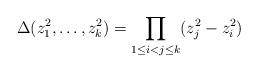
LaTeX: \begin{align*} \Delta(z_1^2,\ldots,z_k^2) = \prod_{1\leq i < j \leq k} (z_j^2 -z_i^2)\end{align*}